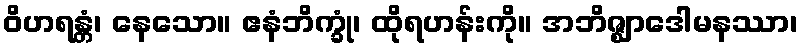
ဝိဟရန္တံ၊ နေသော။ ဧနံဘိက္ခုံ၊ ထိုရဟန်းကို။ အဘိဇ္ဈာဒေါမနဿာ၊